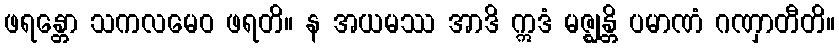
ဖရန္တော သကလမေဝ ဖရတိ။ န အယမဿ အာဒိ ဣဒံ မဇ္ဈန္တိ ပမာဏံ ဂဏှာတီတိ။